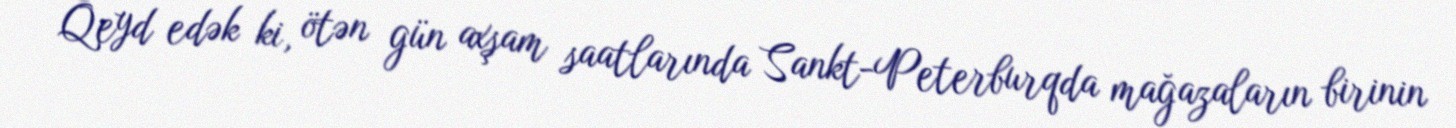
Qeyd edək ki, ötən gün axşam saatlarında Sankt-Peterburqda mağazaların birinin